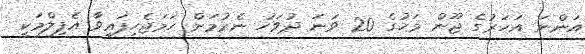
އަންނަ އަހަރުގެ ޖޫން މަހުގެ 20 ވަނަ ދުވަހު ނެރުމަށް ހަމަޖެހިފައިވާ އެފިލްމަކީ